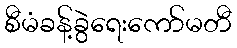
စီမံခန့်ခွဲရေးကော်မတီ